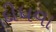
દીધવા